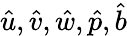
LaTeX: \hat{u},\hat{v},\hat{w},\hat{p},\hat{b}